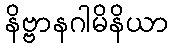
နိဗ္ဗာနဂါမိနိယာ